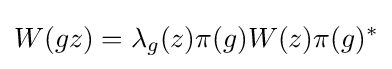
W(gz)=\lambda _{g}(z)\pi (g)W(z)\pi (g)^{*}